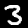
Digit: 3